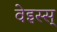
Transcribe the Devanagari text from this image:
वेइस्स्